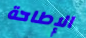
الإطاحة